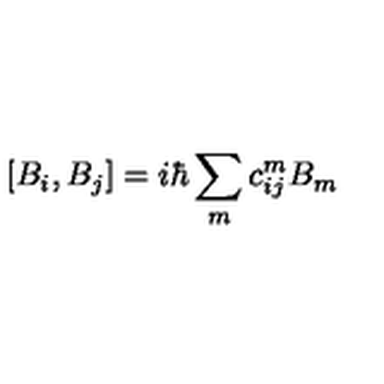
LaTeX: \left[ B _ { i } , B _ { j } \right] = i \hbar \sum _ { m } c _ { i j } ^ { m } B _ { m }